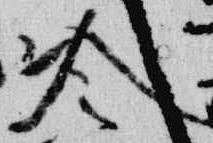
冷